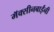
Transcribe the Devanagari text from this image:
मॅक्सीनबाईंनी